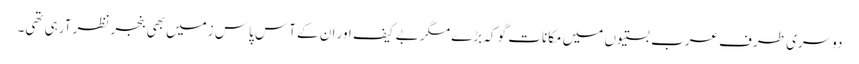
دوسری طرف عرب بستیوں میں مکانات گو کہ بڑے مگر بے کیف اور ان کے آس پاس زمیں بھی بنجر نظر آرہی تھی۔